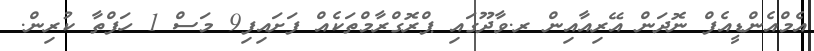
އެމްއެންޑީއެފް ނޮދަން އޭރިއާއިން ރ.ވާދޫގައި ޕްރޮގްރާމްތަކެއް ފަށައިފި9 މަސް 1 ހަފްތާ ކުރިން.